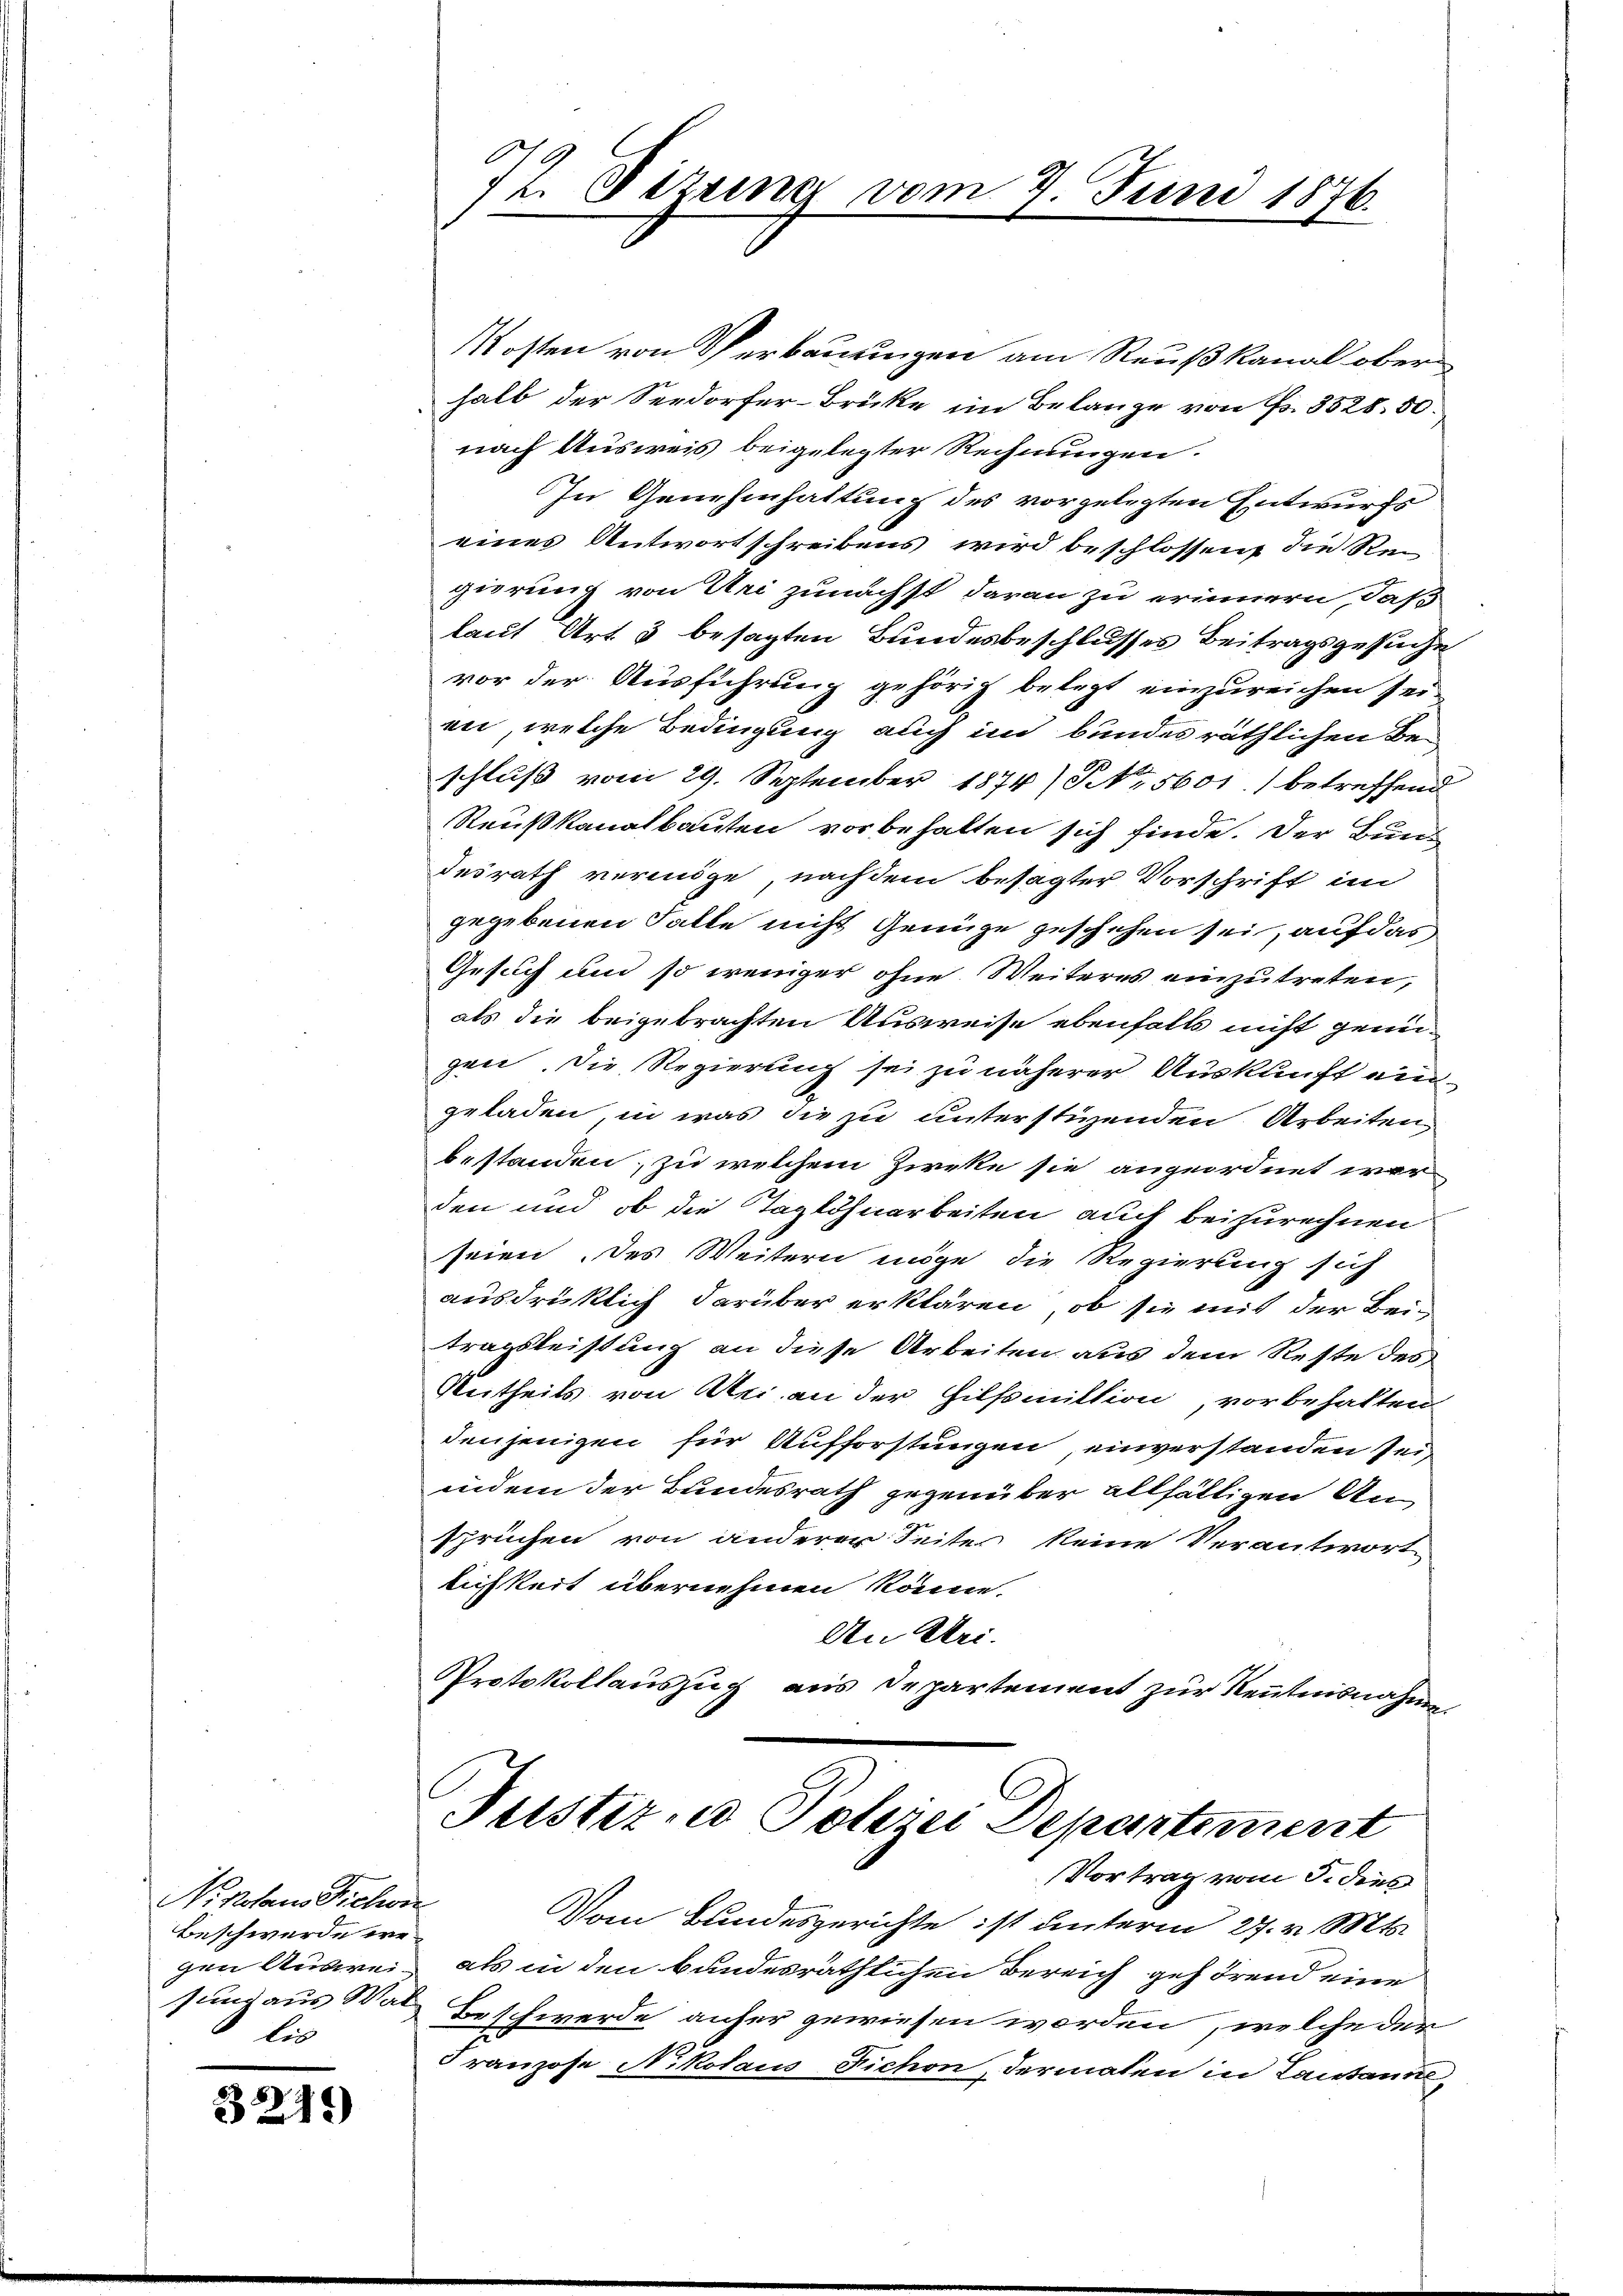
N. Kolaus Richwir
Beschwerde wegen Ausweilich

3219)

Kosten von Verbauungen am Reußkanal ober
halb der Seedorfer-Brücke im Belange von Fr. 3528. 50.
nach Ausweis beigelegter Rechnungen.
In Genehmhaltung des vorgelegten Entwurfs
eines Antwortschreibens wird beschlossen, die Re-
girung von Uri zunächst daran zu erinnern, daß
laut Art. 5 besagten Bundesbeschlusses Beitragsgesuche
vor der Ausführung gehörig belegt einzureichen sei.
en, welche Bedingung auch im bundes räthlichen Beschluß vom 29. September 1874. 5601) betreffend
Reußkanalbauten vorbehalten sich finde. Der Bund
desrath vermöge, nachdem besagter Vorschrift im
gegebenen Falle nicht Genüge geschehen sei, auf das
Gesuch und so weniger ohne Weiteres einzutreten,
als die beigebrachten Ausweise ebenfalls nicht genügen. Die Regierung sei zu näherer Auskunft ein
geladen, in was die zu unterstienden Arbeiten
bestanden, zu welchem Zirke sie angeordnet wer
den und ob die Taglöhnarbeiten auch beizurechnen.
seien. Des Weitern möge, die Regierung sich
ausdrüklich darüber erklären, ob sie mit der Bei
tragsleistung an diese Arbeiten aus dem Reste des
Antheils von Uri an der Hilfsmittion, vorbehalten
denjenigen für Aufforstungen, einverstanden sei,
indem der Bundesrath gegenüber allfälligen Ansprüchen von anderer Seite keine Verantwort
lichkeit übernehmen könne.
An Uri.
Protokollauszug aus Departement zur Kenntnisnahme

Och
/2. Sitzung vom 9. Juni 1876.

Justiz- u Polizei Departement
Vortrag vom 3. dies

Vom Bundesgerichte ist unterm 27. v. Mts.
als in den bundesräthlichen Bereich gehörend eine
sung aus Was Beschwerde anfer gewiesen worden, welche der
Franzose Nikolaus Fichon, dermaten in Lausann